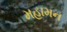
મહામન